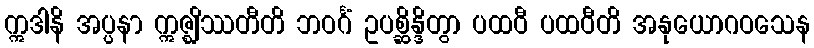
ဣဒါနိ အပ္ပနာ ဣဇ္ဈိဿတီတိ ဘဝင်္ဂံ ဥပစ္ဆိန္ဒိတွာ ပထဝီ ပထဝီတိ အနုယောဂဝသေန